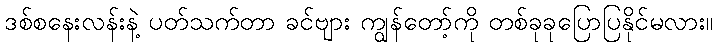
ဒစ်စနေးလန်းနဲ့ ပတ်သက်တာ ခင်ဗျား ကျွန်တော့်ကို တစ်ခုခုပြောပြနိုင်မလား။